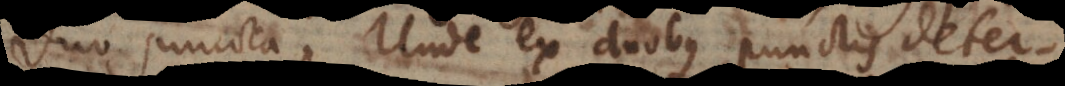
duo puncta. Unde ex duobus punctis deter